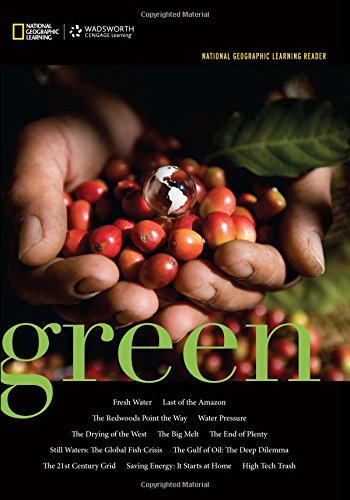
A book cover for National Geographic Learning Reader: Green (with Printed Access Card) (New solutions, available for the first time!); National Geographic Learning; Science & Math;